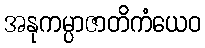
အနုကမ္ပာဇာတိကံယေဝ